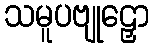
သမူပဗျုဠှော